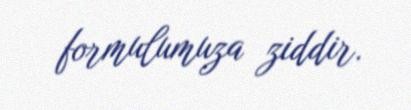
formulumuza ziddir.